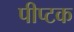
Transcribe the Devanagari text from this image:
पीप्टक